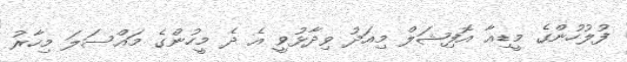
ފުލުހުންގެ މީޑިއާ އޮފިޝަލް މިއަދު ވިދާޅުވީ އެ ދެ މީހުންގެ މައްސަލަ މިހާރު